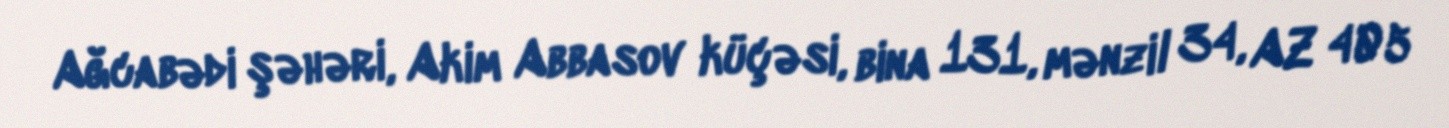
Ağcabədi şəhəri, Akim Abbasov küçəsi, bina 131, mənzil 34, AZ 405